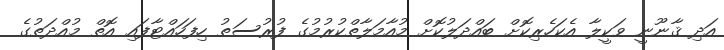
އަދި ޤާނޫނީ ވަކީލާ އެކަހެރިކޮށް ބައްދަލުކޮށް މުއާމަލާތްކުރުމުގެ ފުރުސަތު ހިފަހައްޓާފައި އޮތް މުއްދަތުގެ